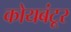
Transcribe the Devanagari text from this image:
कोयबंटूर